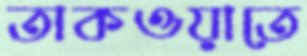
তাকওয়াতে